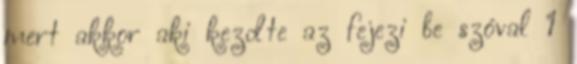
mert akkor aki kezdte az fejezi be szóval 1